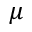
\mu